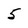
Character: 5